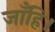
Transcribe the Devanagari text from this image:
जाँहि।